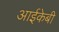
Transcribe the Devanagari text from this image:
आईकेबी